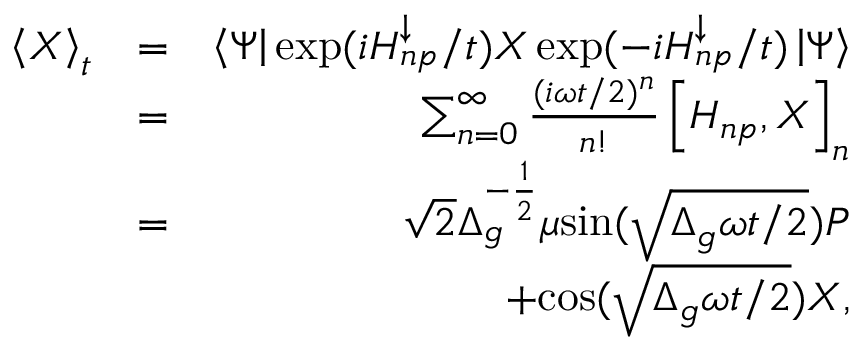
\begin{array} { r l r } { \left< X \right> _ { t } } & { = } & { \left\langle \Psi \right\vert \exp ( i H _ { n p } ^ { \downarrow } / t ) X \exp ( - i H _ { n p } ^ { \downarrow } / t ) \left\vert \Psi \right\rangle } \\ & { = } & { \sum _ { n = 0 } ^ { \infty } \frac { ( i \omega t / 2 ) ^ { n } } { n ! } \left[ H _ { n p } , X \right] _ { n } } \\ & { = } & { \sqrt { 2 } \Delta _ { g } ^ { - \frac { 1 } { 2 } } \mu \mathrm { { s i n } } ( \sqrt { \Delta _ { g } \omega t / 2 } ) P } \\ & { } & { + { \mathrm { c o s } } ( \sqrt { \Delta _ { g } \omega t / 2 } ) X , } \end{array}